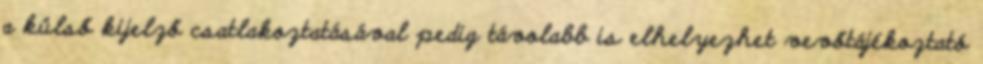
a külső kijelző csatlakoztatásával pedig távolabb is elhelyezhet vevőtájékoztató